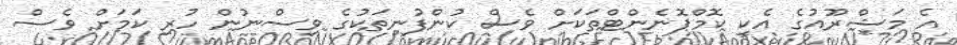
އެ މަޝްރޫއުގެ އެކި ކޮމްޕޮނެންޓްތަކަށް ވެސް ކުންފުނިތަކުގެ ވިސްނުން ހުރި ކަމަށް ވެސް